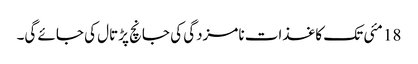
18 مئی تک کاغذات نامزدگی کی جانچ پڑتال کی جائے گی۔